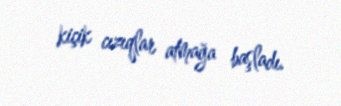
kiçik cızıqlar atmağa başladı.